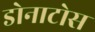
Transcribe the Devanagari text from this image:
डोनाटोस